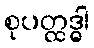
စုပတ္ထဒ္ဓါ